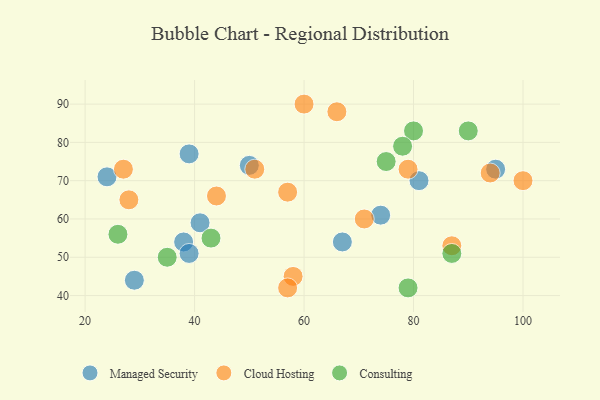
{"axis": {"x": "GDP", "y": "Life Expectancy"}, "legend": ["Cloud Hosting", "Consulting", "Managed Security"], "data": [{"x": "50", "y": 74, "type": "Managed Security"}, {"x": "38", "y": 54, "type": "Managed Security"}, {"x": "67", "y": 54, "type": "Managed Security"}, {"x": "29", "y": 44, "type": "Managed Security"}, {"x": "41", "y": 59, "type": "Managed Security"}, {"x": "24", "y": 71, "type": "Managed Security"}, {"x": "39", "y": 77, "type": "Managed Security"}, {"x": "81", "y": 70, "type": "Managed Security"}, {"x": "74", "y": 61, "type": "Managed Security"}, {"x": "39", "y": 51, "type": "Managed Security"}, {"x": "95", "y": 73, "type": "Managed Security"}, {"x": "87", "y": 53, "type": "Cloud Hosting"}, {"x": "44", "y": 66, "type": "Cloud Hosting"}, {"x": "60", "y": 90, "type": "Cloud Hosting"}, {"x": "51", "y": 73, "type": "Cloud Hosting"}, {"x": "58", "y": 45, "type": "Cloud Hosting"}, {"x": "71", "y": 60, "type": "Cloud Hosting"}, {"x": "57", "y": 67, "type": "Cloud Hosting"}, {"x": "28", "y": 65, "type": "Cloud Hosting"}, {"x": "66", "y": 88, "type": "Cloud Hosting"}, {"x": "57", "y": 42, "type": "Cloud Hosting"}, {"x": "27", "y": 73, "type": "Cloud Hosting"}, {"x": "94", "y": 72, "type": "Cloud Hosting"}, {"x": "100", "y": 70, "type": "Cloud Hosting"}, {"x": "79", "y": 73, "type": "Cloud Hosting"}, {"x": "79", "y": 42, "type": "Consulting"}, {"x": "87", "y": 51, "type": "Consulting"}, {"x": "35", "y": 50, "type": "Consulting"}, {"x": "80", "y": 83, "type": "Consulting"}, {"x": "75", "y": 75, "type": "Consulting"}, {"x": "26", "y": 56, "type": "Consulting"}, {"x": "90", "y": 83, "type": "Consulting"}, {"x": "78", "y": 79, "type": "Consulting"}, {"x": "43", "y": 55, "type": "Consulting"}]}